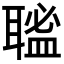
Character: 𦗃